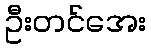
ဦးတင်အေး